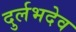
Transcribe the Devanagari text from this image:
दुर्लभदेव